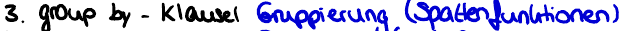
3. group by - Klausel Gruppierung (Spaltenfunktionen)